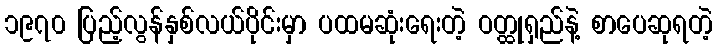
၁၉၇၀ ပြည့်လွန်နှစ်လယ်ပိုင်းမှာ ပထမဆုံးရေးတဲ့ ဝတ္ထုရှည်နဲ့ စာပေဆုရတဲ့